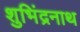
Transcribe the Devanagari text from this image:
शुभिंद्रनाथ